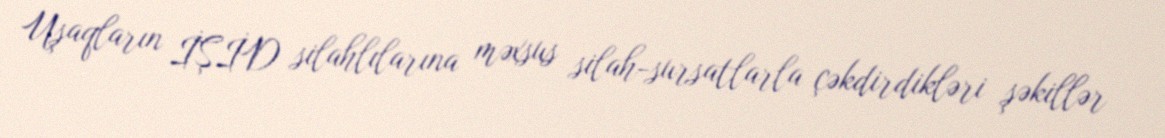
Uşaqların İŞİD silahlılarına məxsus silah-sursatlarla çəkdirdikləri şəkillər